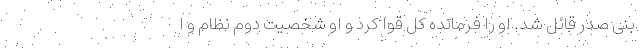
بنی صدر قائل شد. او را فرمانده کل قوا کرد و او شخصیت دوم نظام و ا